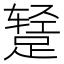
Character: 𫏕